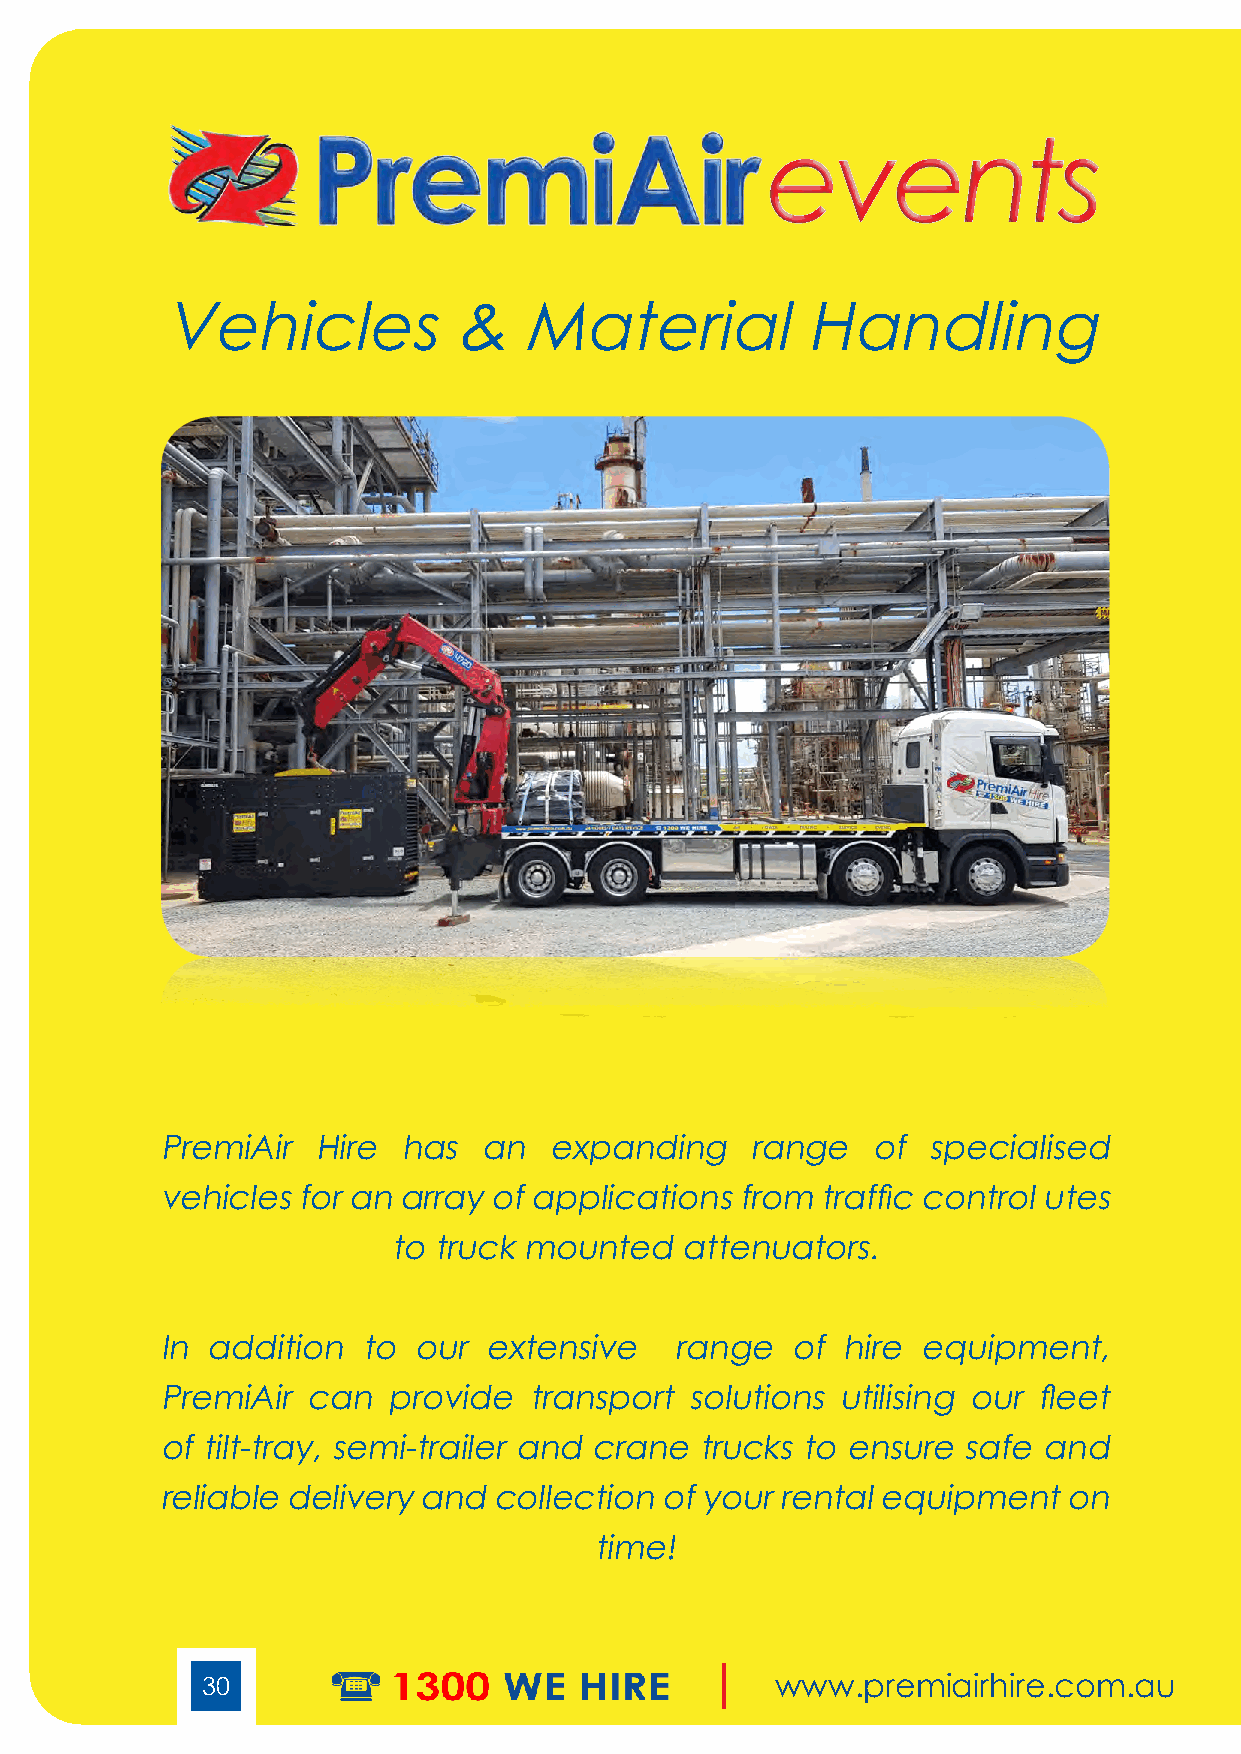
events
 Vehicles           &    Ma     terial      Handling
 PremiAir  Hire  has  an  expanding     range   of specialised
 vehicles for an array of applications from traffic control utes
 to truck mounted   attenuators.
 In addition  to our  extensive    range  of  hire equipment,
 PremiAir can   provide  transport solutions utilising our fleet
 of tilt-tray, semi-trailer and crane trucks to ensure safe and
 reliable delivery and collection of your rental equipment   on
 time!
 30                                    www.premiairhire.com.au